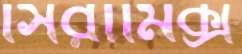
সিরামিক্স